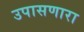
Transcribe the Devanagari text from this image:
उपासणारा